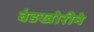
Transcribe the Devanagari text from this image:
बंडखोरीने